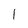
Character: I